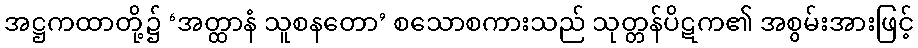
အဋ္ဌကထာတို့၌ ‘အတ္ထာနံ သူစနတော’ စသောစကားသည် သုတ္တန်ပိဋက၏ အစွမ်းအားဖြင့်